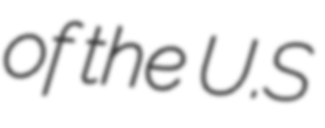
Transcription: of the U.S